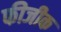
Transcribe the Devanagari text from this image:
फीजीक